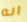
انه